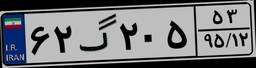
۶۲گ۲۰۵۵۳